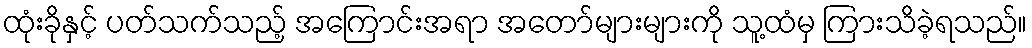
ထုံးခိုနှင့် ပတ်သက်သည့် အကြောင်းအရာ အတော်များများကို သူ့ထံမှ ကြားသိခဲ့ရသည်။